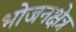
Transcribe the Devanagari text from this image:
भोजनक्षेत्र